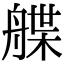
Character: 艓